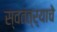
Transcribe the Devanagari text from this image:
स्वतंत्र्याचे